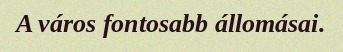
A város fontosabb állomásai.